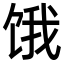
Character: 饿